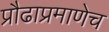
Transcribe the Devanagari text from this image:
प्रौढाप्रमाणेच